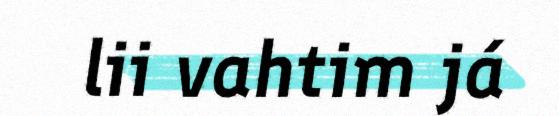
lii vahtim já